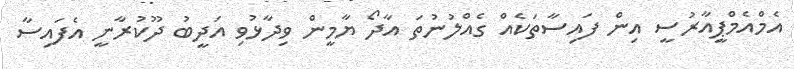
އެމްއެމްޕީއާރުސީ އިން ފައިސާތަކެއް ގެއްލުނުތަ އާދޯ ޔާމީން ވިދާޅުވި އަދީބު ދޫކުރާނީ އެފައިސާ